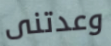
وعدتنى